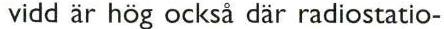
vidd är hög också där radiostatio-